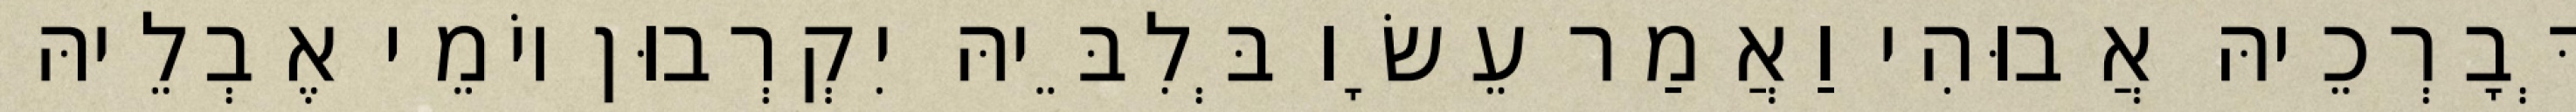
דְּבָרְכֵיהּ אֲבוּהִי וַאֲמַר עֵשָׂו בְּלִבֵּיהּ יִקְרְבוּן יוֹמֵי אֶבְלֵיהּ